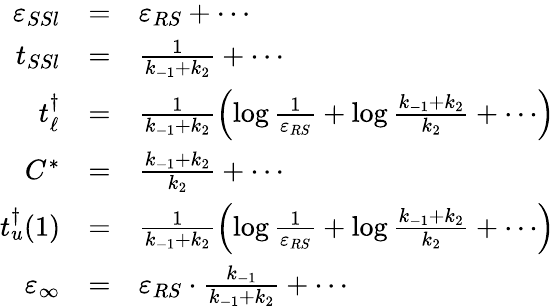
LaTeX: \begin{array}{rcl}{\varepsilon_{SSl}}&{=}&{\varepsilon_{RS}+\cdots}\\ {t_{SSl}}&{=}&{\frac{1}{k_{-1}+k_{2}}+\cdots}\\ {t_{\ell}^{\dagger}}&{=}&{\frac{1}{k_{-1}+k_{2}}\left(\log\frac{1}{\varepsilon_{RS}}+\log\frac{k_{-1}+k_{2}}{k_{2}}+\cdots\right)}\\ {C^{*}}&{=}&{\frac{k_{-1}+k_{2}}{k_{2}}+\cdots}\\ {t_{u}^{\dagger}(1)}&{=}&{\frac{1}{k_{-1}+k_{2}}\left(\log\frac{1}{\varepsilon_{RS}}+\log\frac{k_{-1}+k_{2}}{k_{2}}+\cdots\right)}\\ {\varepsilon_{\infty}}&{=}&{\varepsilon_{RS}\cdot\frac{k_{-1}}{k_{-1}+k_{2}}+\cdots}\end{array}